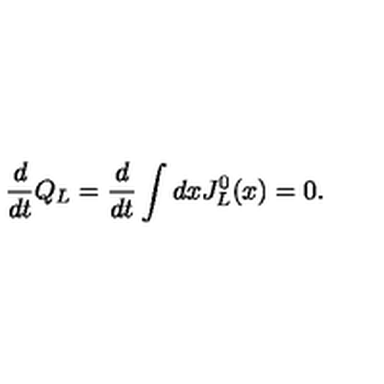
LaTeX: \frac { d } { d t } Q _ { L } = \frac { d } { d t } \int d x J _ { L } ^ { 0 } ( x ) = 0 .